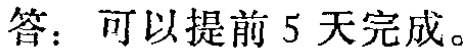
答：可以提前 5 天完成。